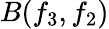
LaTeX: B(f_{3},f_{2})